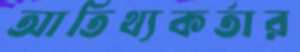
আতিথ্যকর্তার